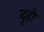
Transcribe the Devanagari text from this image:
दूहो